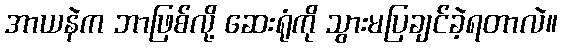
အာယနဲက ဘာဖြစ်လို့ ဆေးရုံကို သွားမပြချင်ခဲ့ရတာလဲ။